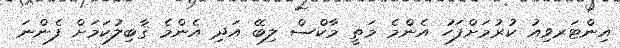
އިންޓަރވިއު ކުރުމަށްފަހު އެންމެ މަތީ މާކްސް ލިބޭ އަދި އެންމެ ޤާބިލުކަމަށް ފެންނަ